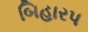
બિહાર૫